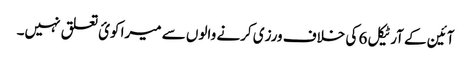
آئین کے آرٹیکل 6 کی خلاف ورزی کرنے والوں سے میرا کوئ تعلق نہیں۔